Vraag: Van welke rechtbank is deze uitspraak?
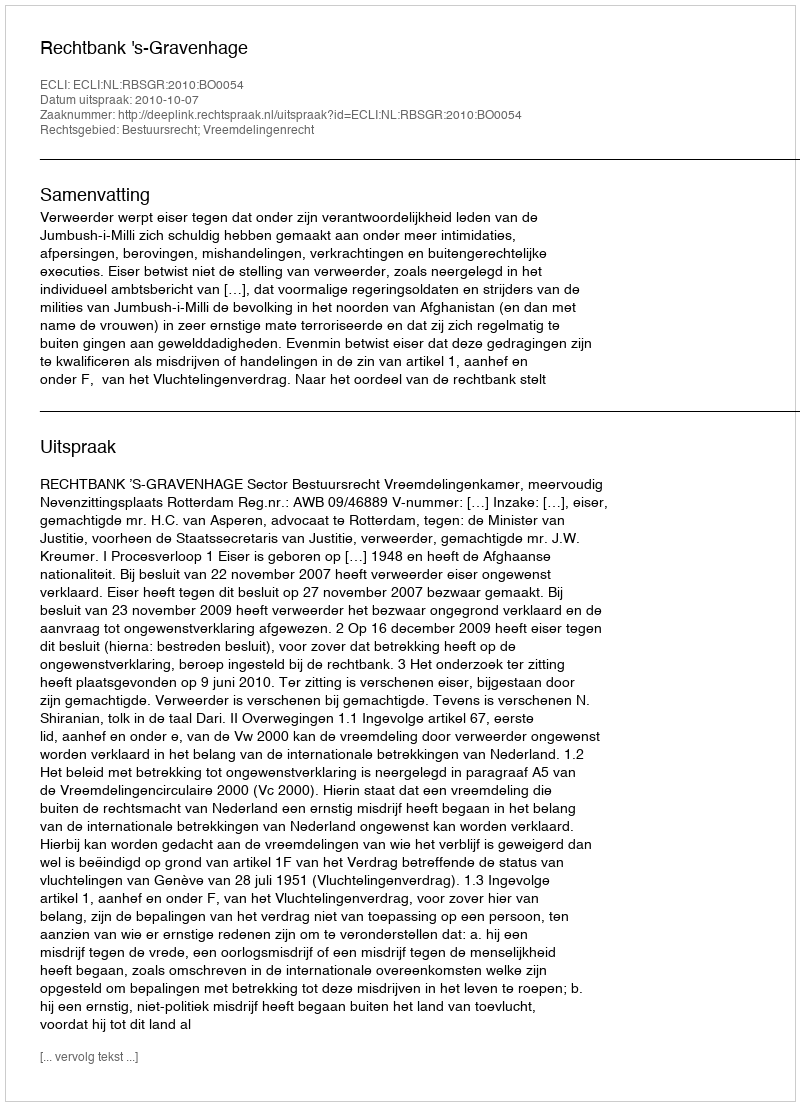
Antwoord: Rechtbank 's-Gravenhage